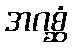
အဂစ္ဆံ